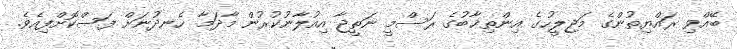
ބޭއްވި ރައްޔިތުންގެ މަޖިލީހުގެ އިންތިޚާބުގެ ރަސްމީ ނަތީޖާ އިއުލާނުކުރުން މާދަމާ ހެނދުނަށް ފަސްކޮށްފިއެވެ.